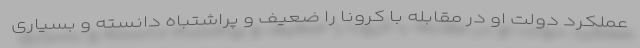
عملکرد دولت او در مقابله با کرونا را ضعیف و پراشتباه دانسته و بسیاری